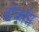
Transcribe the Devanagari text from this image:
दोक्रॉस